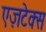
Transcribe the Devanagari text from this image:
एज़टेक्स